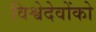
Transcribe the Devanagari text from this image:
विश्वेदेवोंको